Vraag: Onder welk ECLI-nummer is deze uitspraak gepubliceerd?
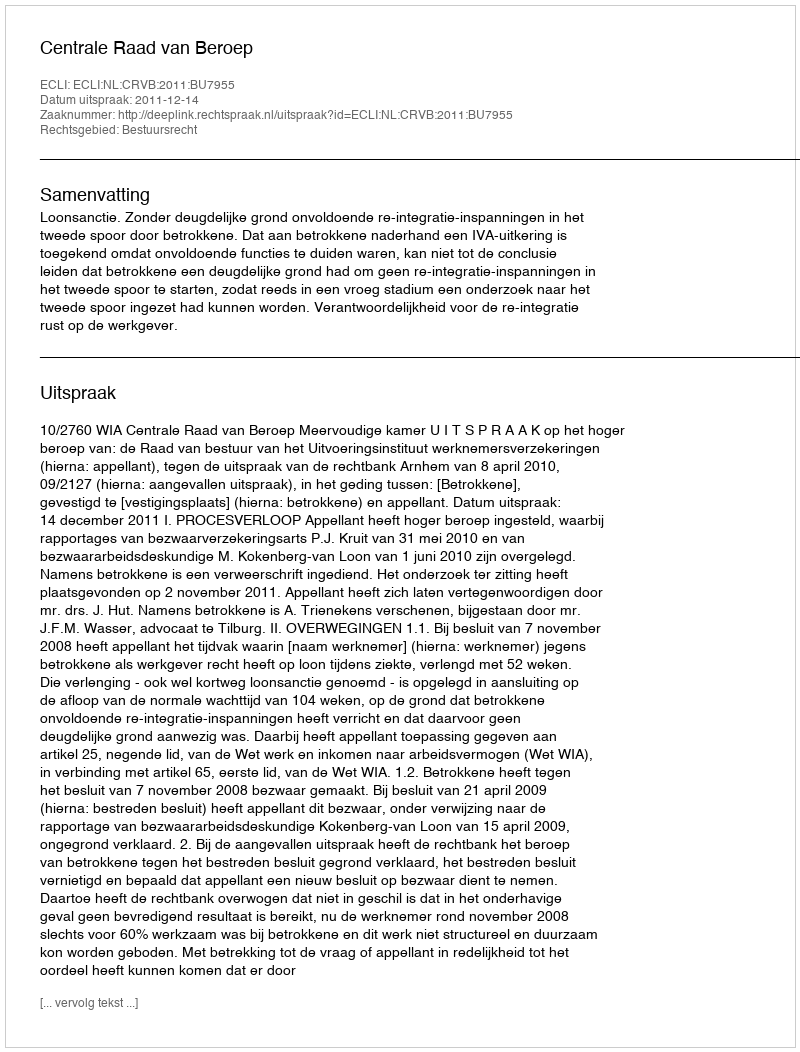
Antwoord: ECLI:NL:CRVB:2011:BU7955